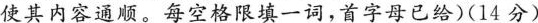
使其内容通顺.每空格限填一词,首字母已给)(14 分)